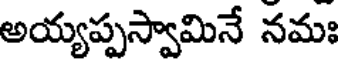
అయ్యప్పస్వామినే నమః